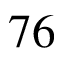
7 6